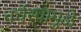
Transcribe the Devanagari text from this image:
वर्चस्वामुळे